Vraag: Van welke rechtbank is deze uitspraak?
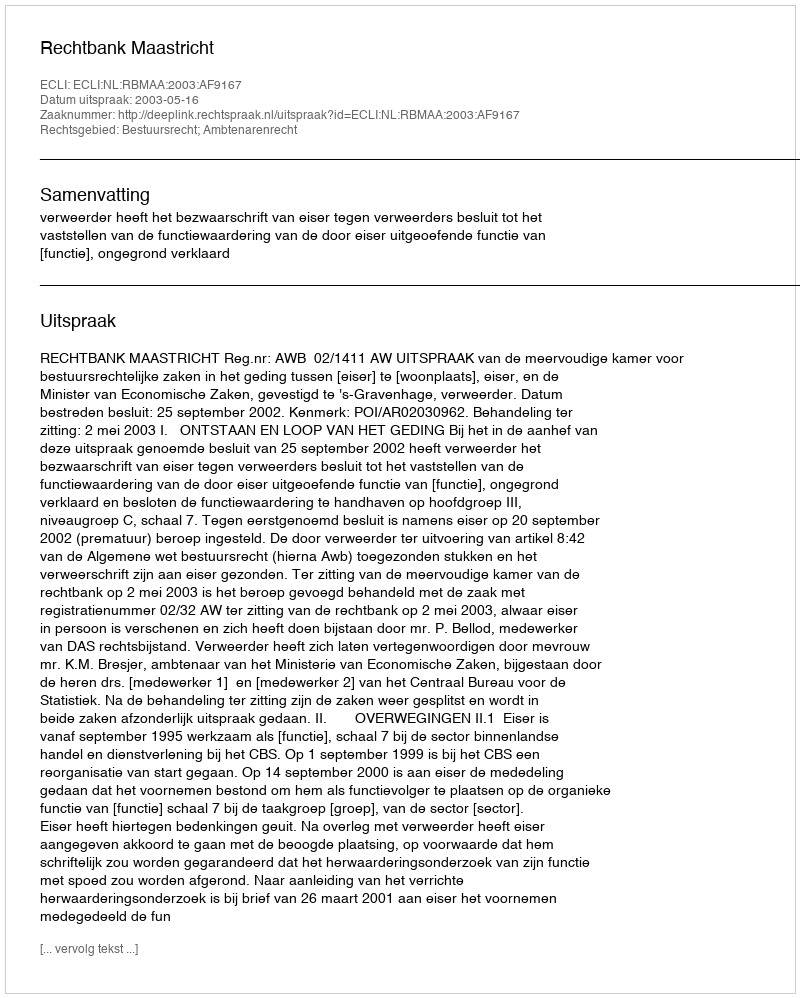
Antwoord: Rechtbank Maastricht